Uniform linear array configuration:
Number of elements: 48
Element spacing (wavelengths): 0.25
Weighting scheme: hann
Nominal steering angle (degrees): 60
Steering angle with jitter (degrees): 60.202
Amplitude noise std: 0.05
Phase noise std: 0.05

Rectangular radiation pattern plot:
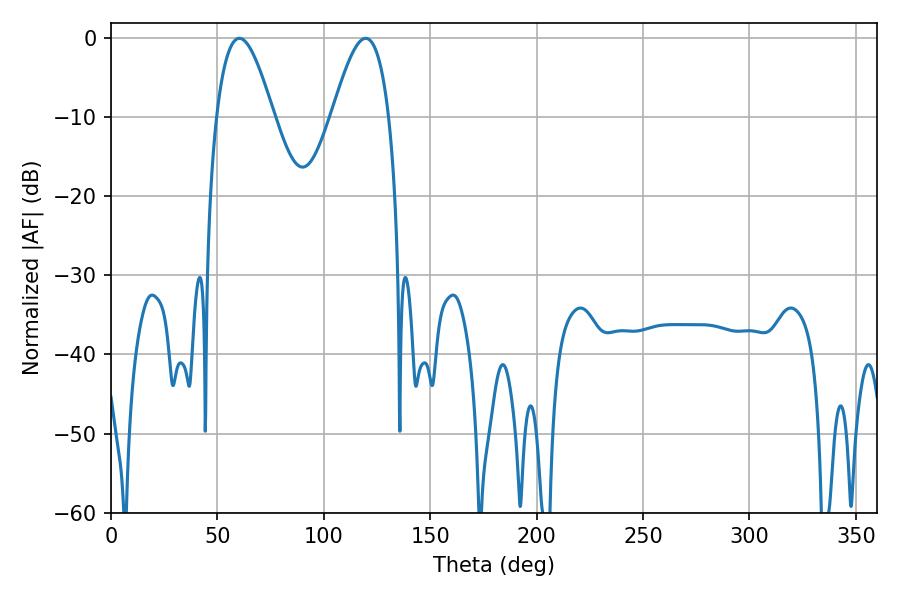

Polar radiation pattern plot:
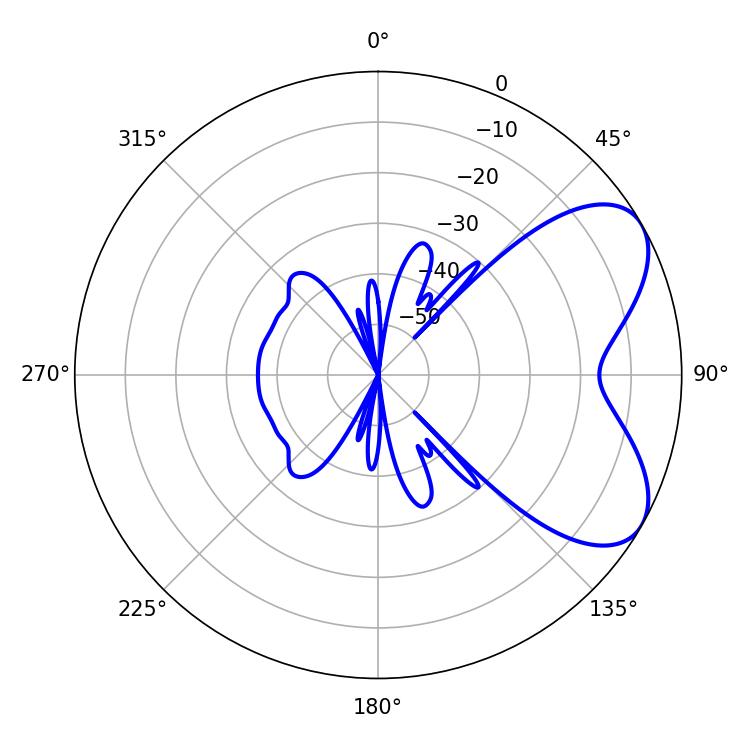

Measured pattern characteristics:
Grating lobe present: FALSE
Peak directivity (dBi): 6.094
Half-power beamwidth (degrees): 14.4
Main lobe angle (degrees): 60.3